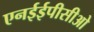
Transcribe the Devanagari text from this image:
एनईईपीसीओ